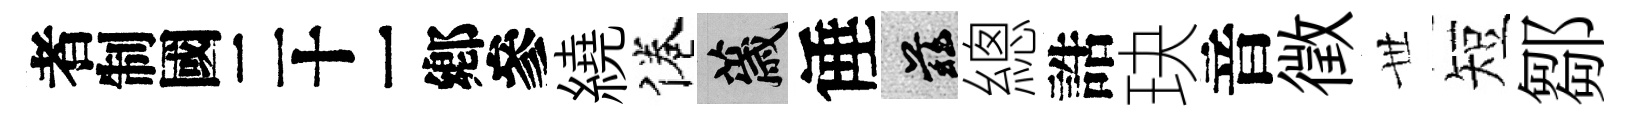
识繞倦薉倕兹總誥玦音徵𠀍短鄒